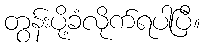
တွန်းပို့ခံလိုက်ရပါပြီ။